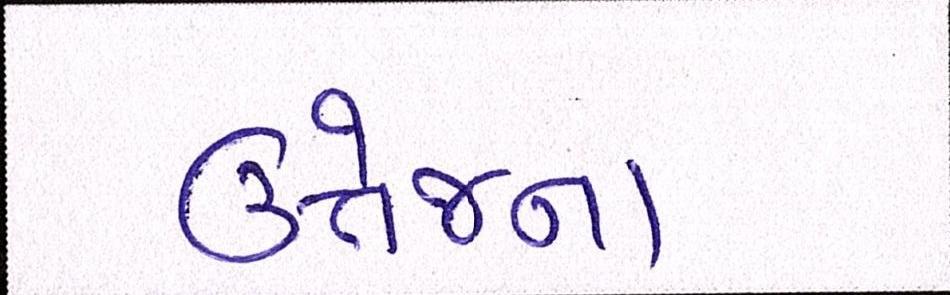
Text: ઉત્તેજના